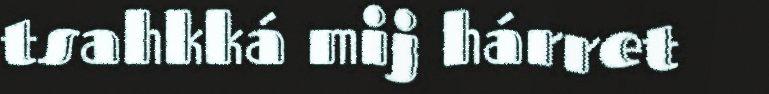
tsahkká mij hárret